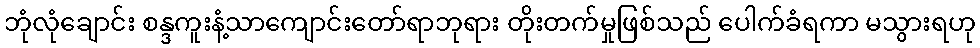
ဘုံလုံချောင်း စန္ဒကူးနံ့သာကျောင်းတော်ရာဘုရား တိုးတက်မှုဖြစ်သည် ပေါက်ခံရကာ မသွားရဟု